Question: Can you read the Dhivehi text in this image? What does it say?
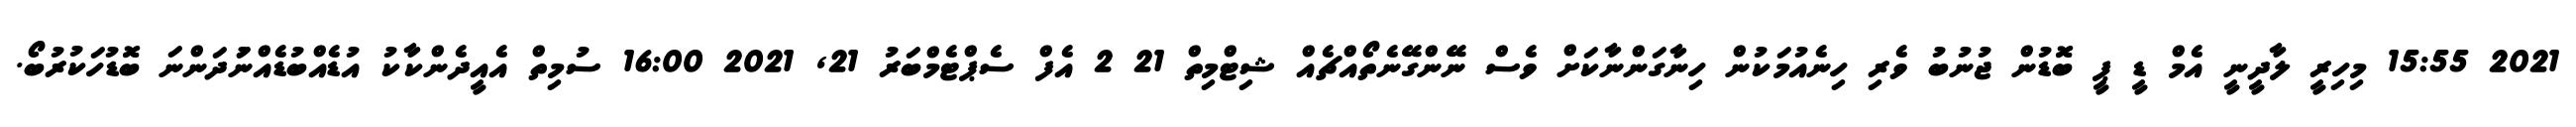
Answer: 2021 15:55 މިހިރީ ލާދީނީ އެމް ޑީ ޕީ ބޮޑުން ޖުނުބު ވެރި ހިނެއުމަކުން ހިނާގަންނާކަށް ވެސް ނޭންގޭނެތޯއްޗެއް ޝިޓްމިތް 21 2 އެފް ސެޕްޓެމްބަރު 21, 2021 16:00 ސުމިތް އެއީދެންކާކު އުޑެއްބުޑެއްނުަދަންނަ ބޮޑުހަކުރުބޯ.